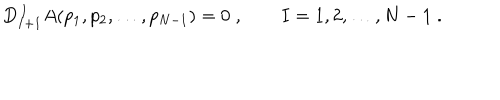
D _ { I + 1 } ^ { \, I } A ( p _ { 1 } , p _ { 2 } , \ldots , p _ { N - 1 } ) = 0 \; , \qquad I = 1 , 2 , \ldots , N - 1 \; .